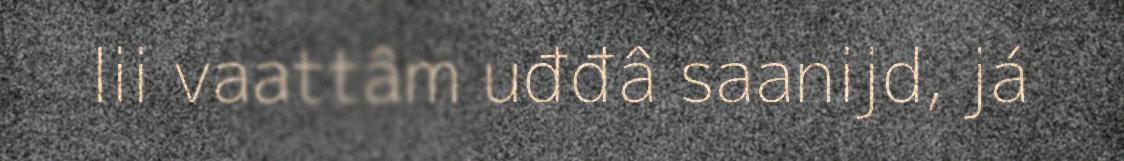
lii vaattâm uđđâ saanijd, já